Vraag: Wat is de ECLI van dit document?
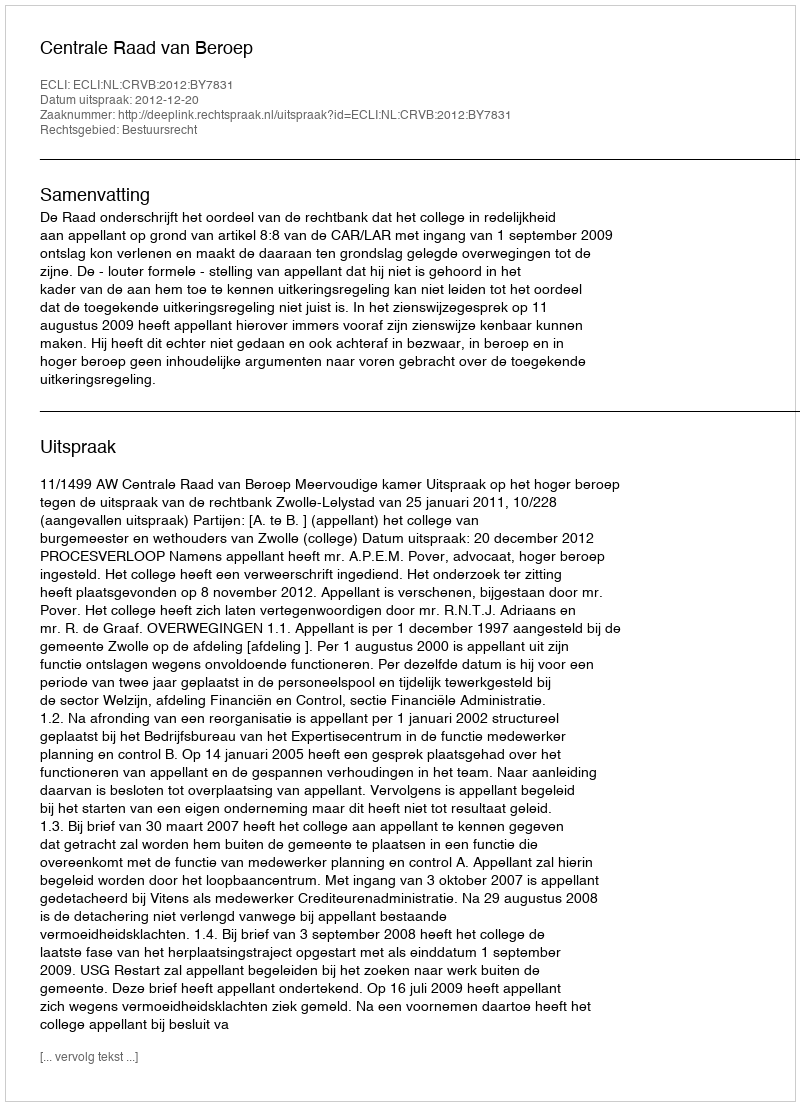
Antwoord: ECLI:NL:CRVB:2012:BY7831